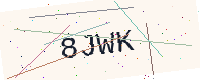
Text: 8JWK